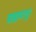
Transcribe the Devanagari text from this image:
ब्राह्मणातून